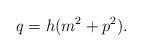
LaTeX: \begin{align*}q=h(m^2+p^2).\end{align*}